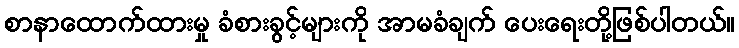
စာနာထောက်ထားမှု ခံစားခွင့်များကို အာမခံချက် ပေးရေးတို့ဖြစ်ပါတယ်။